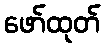
ဖော်ထုတ်